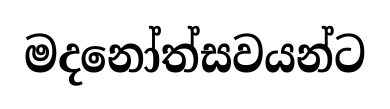
මදනෝත්සවයන්ට